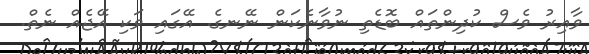
ވާއިރު ވެސް ކުދިންތައް ބޮޑެތި ނުވާނެކަން ނޭނގެ. އޭގައި ވަކި އޭޖެއް ނެތް.